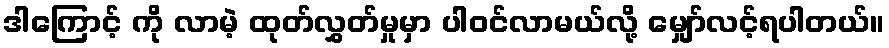
ဒါကြောင့် ကို လာမဲ့ ထုတ်လွှတ်မှုမှာ ပါဝင်လာမယ်လို့ မျှော်လင့်ရပါတယ်။